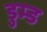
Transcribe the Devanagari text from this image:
डुम्ड